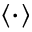
\left< \cdot \right>